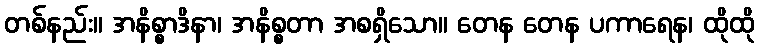
တစ်နည်း။ အနိစ္စာဒိနာ၊ အနိစ္စတာ အစရှိသော။ တေန တေန ပကာရေန၊ ထိုထို